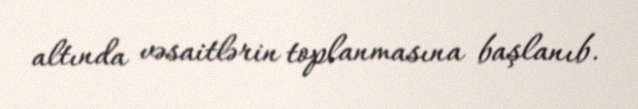
altında vəsaitlərin toplanmasına başlanıb.